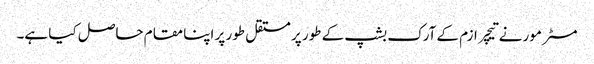
مسٹر مور نے تیچر ازم کے آرک بشپ کے طور پر مستقل طور پر اپنا مقام حاصل کیا ہے۔